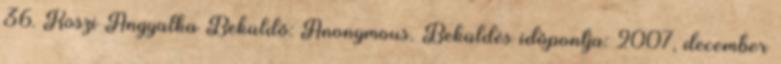
36. Köszi Angyalka Beküldő: Anonymous. Beküldés időpontja: 2007, december